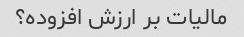
مالیات بر ارزش افزوده؟